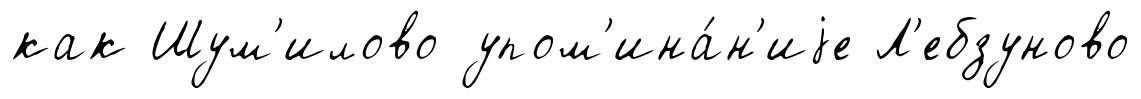
как Шум'илово упом'ина́н'иjе Л'ебзуново